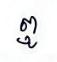
ឮ